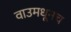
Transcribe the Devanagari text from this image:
वाउमधूनच